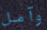
وآمل